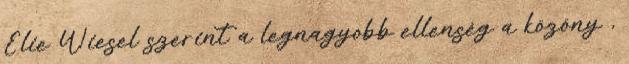
Elie Wiesel szerint a legnagyobb ellenség a közöny ,